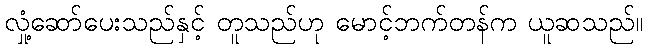
လှုံ့ဆော်ပေးသည်နှင့် တူသည်ဟု မောင့်ဘက်တန်က ယူဆသည်။